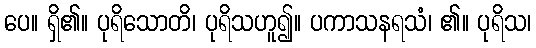
ပေ။ ရှိ၏။ ပုရိသောတိ၊ ပုရိသဟူ၍။ ပကာသနရသံ၊ ၏။ ပုရိသ၊